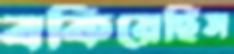
বকিয়েছিস